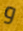
و